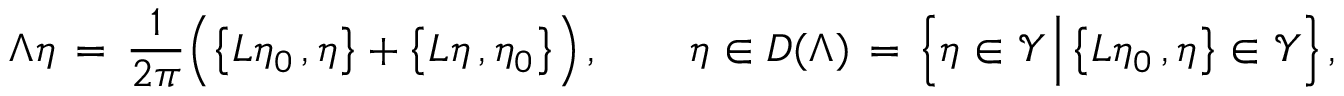
\Lambda \eta \, = \, \frac { 1 } { 2 \pi } \Bigl ( \bigl \{ L \eta _ { 0 } \, , \eta \bigr \} + \bigl \{ L \eta \, , \eta _ { 0 } \bigr \} \Bigr ) \, , \qquad \eta \in D ( \Lambda ) \, = \, \Bigl \{ \eta \in \mathcal { Y } \, \Big | \, \bigl \{ L \eta _ { 0 } \, , \eta \bigr \} \in \mathcal { Y } \Bigr \} \, ,